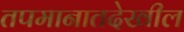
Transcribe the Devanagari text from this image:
तपमानातदेखील